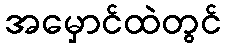
အမှောင်ထဲတွင်